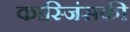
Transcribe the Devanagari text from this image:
कास्जिंसकी